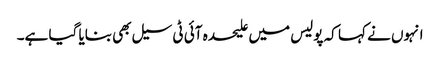
انہوں نے کہا کہ پولیس میں علیحدہ آئی ٹی سیل بھی بنایا گیا ہے۔